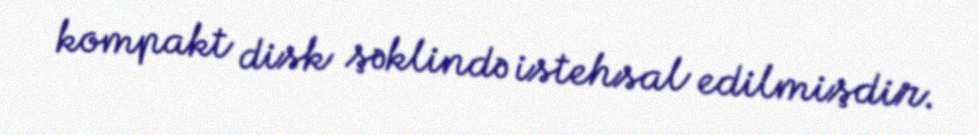
kompakt disk şəklində istehsal edilmişdir.